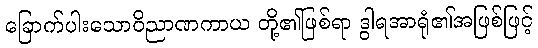
ခြောက်ပါးသောဝိညာဏကာယ တို့၏ဖြစ်ရာ ဒွါရအာရုံ၏အဖြစ်ဖြင့်